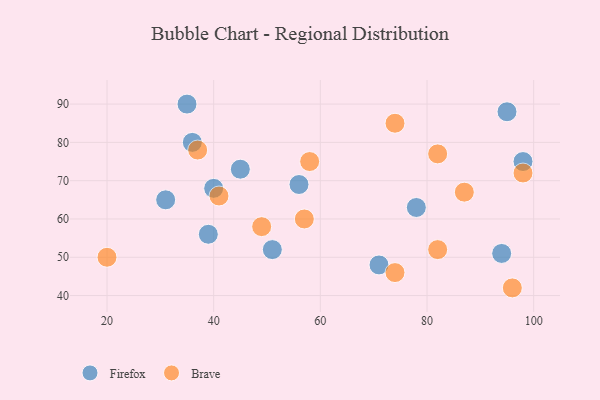
{"axis": {"x": "GDP", "y": "Life Expectancy"}, "legend": ["Brave", "Firefox"], "data": [{"x": "94", "y": 51, "type": "Firefox"}, {"x": "35", "y": 90, "type": "Firefox"}, {"x": "78", "y": 63, "type": "Firefox"}, {"x": "56", "y": 69, "type": "Firefox"}, {"x": "51", "y": 52, "type": "Firefox"}, {"x": "95", "y": 88, "type": "Firefox"}, {"x": "31", "y": 65, "type": "Firefox"}, {"x": "40", "y": 68, "type": "Firefox"}, {"x": "98", "y": 75, "type": "Firefox"}, {"x": "45", "y": 73, "type": "Firefox"}, {"x": "39", "y": 56, "type": "Firefox"}, {"x": "71", "y": 48, "type": "Firefox"}, {"x": "36", "y": 80, "type": "Firefox"}, {"x": "74", "y": 85, "type": "Brave"}, {"x": "98", "y": 72, "type": "Brave"}, {"x": "37", "y": 78, "type": "Brave"}, {"x": "82", "y": 77, "type": "Brave"}, {"x": "96", "y": 42, "type": "Brave"}, {"x": "41", "y": 66, "type": "Brave"}, {"x": "49", "y": 58, "type": "Brave"}, {"x": "57", "y": 60, "type": "Brave"}, {"x": "87", "y": 67, "type": "Brave"}, {"x": "74", "y": 46, "type": "Brave"}, {"x": "82", "y": 52, "type": "Brave"}, {"x": "20", "y": 50, "type": "Brave"}, {"x": "58", "y": 75, "type": "Brave"}]}